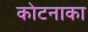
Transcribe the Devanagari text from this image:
कोटनाका